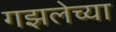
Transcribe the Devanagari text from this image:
गझलेच्या